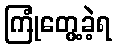
ကြုံတွေ့ခဲ့ရ